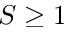
S \geq 1